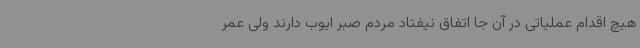
هیچ اقدام عملیاتی در آن جا اتفاق نیفتاد مردم صبر ایوب دارند ولی عمر